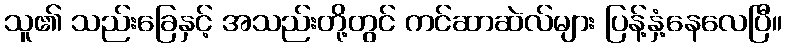
သူ၏ သည်းခြေနှင့် အသည်းတို့တွင် ကင်ဆာဆဲလ်များ ပြန့်နှံ့နေလေပြီ။